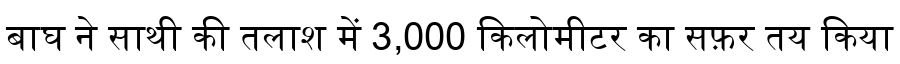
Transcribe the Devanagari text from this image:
बाघ ने साथी की तलाश में 3,000 किलोमीटर का सफ़र तय किया